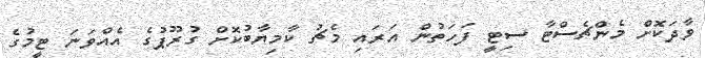
ވާދަކޮށް މެންޗެސްޓާ ސިޓީ ފަހަތުން އަރައި މެޗު ކާމިޔާބުކޮށް ގުރޫޕުގެ އެއްވަނަ ޓީމުގެ